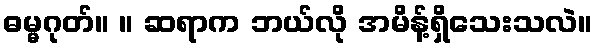
ဓမ္မဂုတ်။ ။ ဆရာက ဘယ်လို အမိန့်ရှိသေးသလဲ။